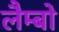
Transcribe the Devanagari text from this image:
लैम्बो